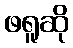
ဖရူဆို